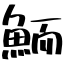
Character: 鮞